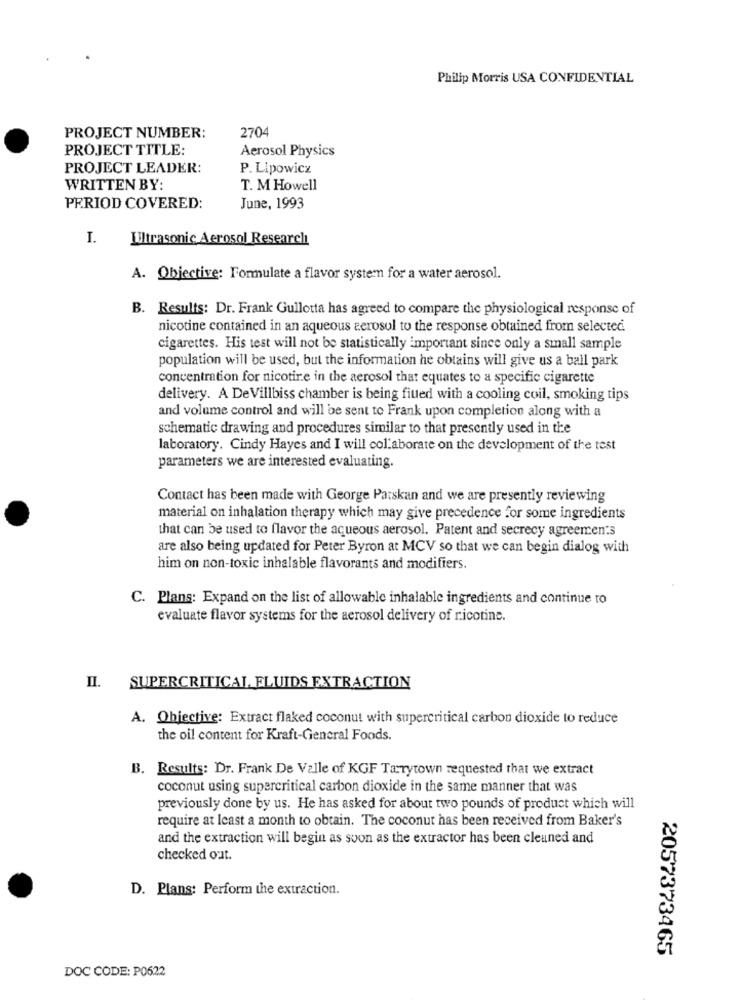
Philip Morris USA CONFIDENTIAL
2704
PROJECT NUMBER:
PROJECT TITLE:
Aerosol Physics
PROJECT LEADER:
P. Lipowicz
WRITTEN BY:
T. M Howell
PERIOD COVERED:
June, 1993
I.
IUltrasonic Aerosol Research
A. Objective: Formulate a flavor system for a water aerosol.
B. Results: Dr. Frank Gullotta has agreed to compare the physiological response of
nicotine contained in an aqueous aerosol to the response obtained from selected.
cigarettes. His test will not be statistically important since only a small sample
population will be used, but the information he obtains will give us a ball park
concentration for nicotire in the aerosol that equates to a specific cigarette
delivery. A De Villbiss chamber is being fitted with a cooling coil, smoking tips
and volume control and will be sent to Frank upon completion along with a
schematic drawing and procedures similar to that presently used in the
laboratory. Cindy Hayes and I will col aborate on the development of the test
parameters we are interested evaluating.
Contact has been made with George Patskan and we are presently reviewing
material on inhalation therapy which may give precedence for some ingredients
that can be used to flavor the aqueous aerosol. Patent and secrecy agreemen's
are also being updated for Peter Byron at MCV so that we can begin dialog with
him on non-toxic inhalable flavorants and modifiers.
C. Plans: Expand on the list of allowable inhalable ingredients and continue to
evaluate flavor systems for the aerosol delivery of ricotinc.
II. SUPERCRITICAL FLUIDS EXTRACTION
A. Objective: Extract flaked coconut with supercritical carbon dioxide to reduce
the oil content for Kraft-General Foods.
B. Results: Dr. Frank De Valle of KGF Tarrytown requested that we extract
coconut using supercritical carbon dioxide in the same manner that was
previously done by us. He has asked for about two pounds of product which will
require at least a month to obtain. The coconut has been received from Baker's
and the extraction will begin as soon as the extractor has been cleaned and
checked out.
D. Plans: Perform the extraction.
2057373465
DOC CODE: P0622